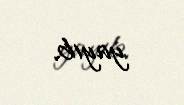
yayıb.